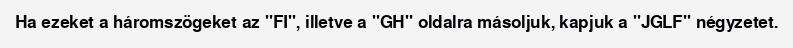
Ha ezeket a háromszögeket az "FI", illetve a "GH" oldalra másoljuk, kapjuk a "JGLF" négyzetet.